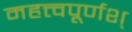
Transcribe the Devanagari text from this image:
महत्त्वपूर्णश्